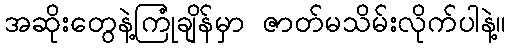
အဆိုးတွေနဲ့ကြုံချိန်မှာ ဇာတ်မသိမ်းလိုက်ပါနဲ့။